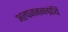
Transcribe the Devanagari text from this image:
अल्पजननग्रंथि